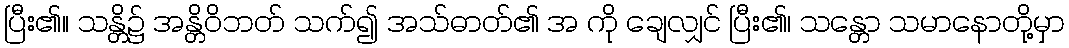
ပြီး၏။ သန္တိ၌ အန္တိဝိဘတ် သက်၍ အသ်ဓာတ်၏ အ ကို ချေလျှင် ပြီး၏၊ သန္တော သမာနောတို့မှာ